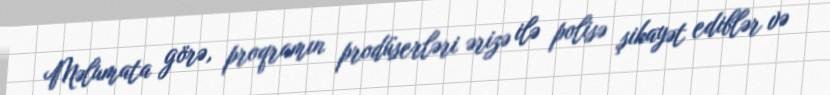
Məlumata görə, proqramın prodüserləri ərizə ilə polisə şikayət ediblər və